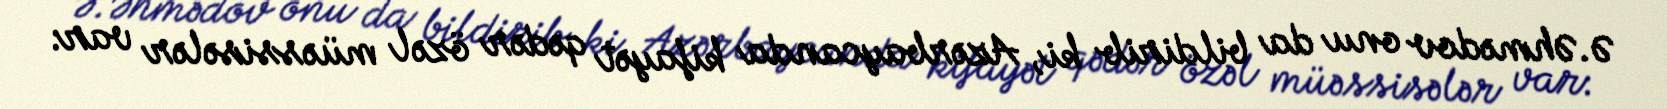
Ə.Əhmədov onu da bildirib ki, Azərbaycanda kifayət qədər özəl müəssisələr var: